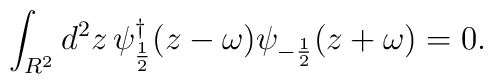
\int_{R^2}d^2z\,\psi_{\frac{1}{2}}^\dagger(z-\omega)\psi_{-\frac{1}{2}}(z+\omega)=0.